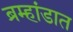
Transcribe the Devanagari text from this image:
ब्रम्हांडात